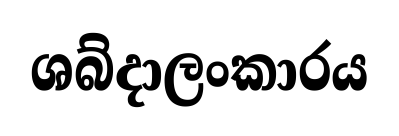
ශබ්දාලංකාරය